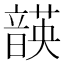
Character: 韺